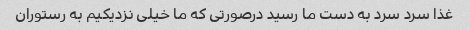
غذا سرد سرد به دست ما رسید درصورتی که ما خیلی نزدیکیم به رستوران